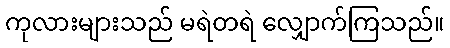
ကုလားများသည် မရဲတရဲ လျှောက်ကြသည်။